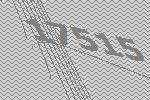
17515